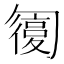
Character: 𠤇